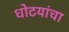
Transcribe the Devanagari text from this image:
धोटयांचा